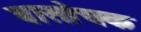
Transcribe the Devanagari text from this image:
बासोचक